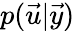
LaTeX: p(\vec{u}\vert\vec{y})